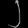
Digit: ၂